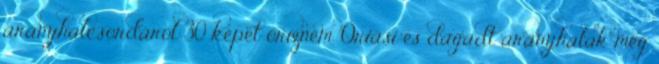
aranyhalcsordáról 30 képet őriznem. Óriási és dagadt aranyhalak még